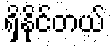
ရှိနိုင်တယ်